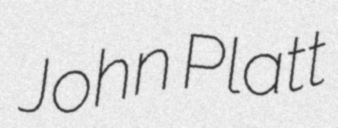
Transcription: John Platt